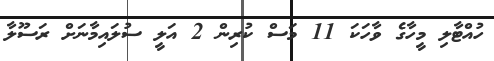
ހުއްޓާލި މީހާގެ ވާހަކަ 11 މަސް ކުރިން 2 އަލީ ސުލައިމާނަށް ރަސޫލާ